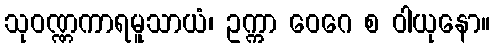
သုဝဏ္ဏကာရမူသာယံ၊ ဥက္ကာ ဝေဂေ စ ဝါယုနော။